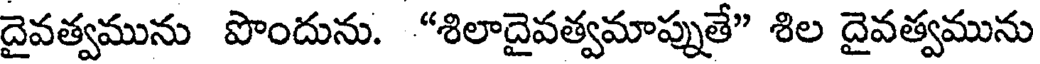
దైవత్వమును పొందును. "శిలాదైవత్వమాప్నుతే" శిల దైవత్వమును